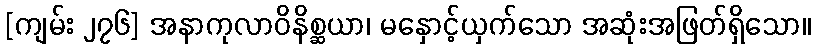
[ကျမ်း ၂၇၆] အနာကုလာဝိနိစ္ဆယာ၊ မနှောင့်ယှက်သော အဆုံးအဖြတ်ရှိသော။